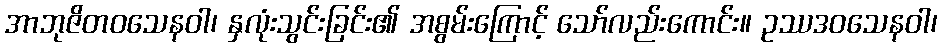
အာဘုဇိတဝသေနဝါ၊ နှလုံးသွင်းခြင်း၏ အစွမ်းကြောင့် သော်လည်းကောင်း။ ဥဿဒဝသေနဝါ၊